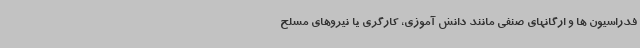
فدراسیون ها و ارگانهای صنفی مانند دانش آموزی، کارگری یا نیروهای مسلح